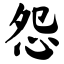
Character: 怨